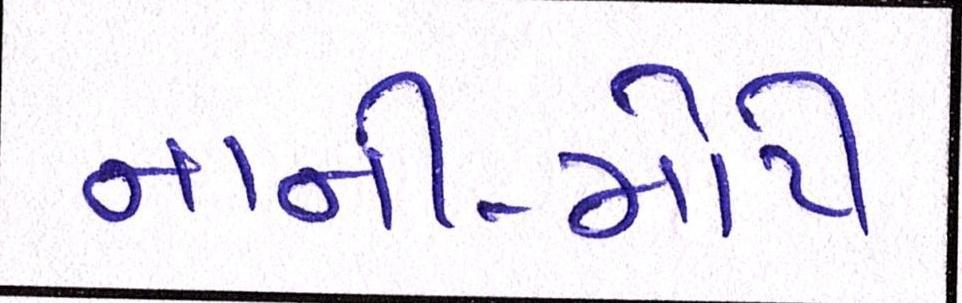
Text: નાની-મોટી